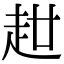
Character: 𧺧